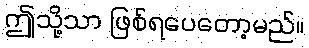
ဤသို့သာ ဖြစ်ရပေတော့မည်။